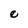
Character: e